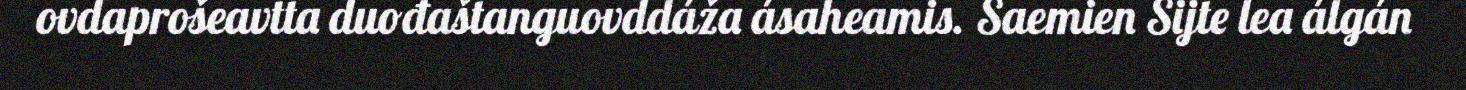
ovdaprošeavtta duođaštanguovddáža ásaheamis. Saemien Sijte lea álgán